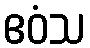
ဧဝံသ